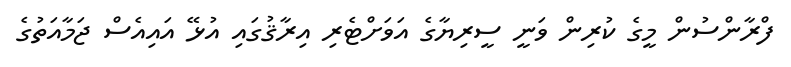
ފްރާންސުން މީގެ ކުރިން ވަނީ ސީރިޔާގެ އަވަށްޓެރި އިރާޤުގައި އުޅޭ އައިއެސް ޖަމާއަތުގެ